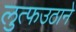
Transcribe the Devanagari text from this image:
लुत्फउठाने